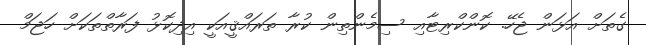
ގެތަށް އަޅަން ޖެހޭ. ކޮންކްރިޓާއި ސިމެންތިން ކުރާ ތަރައްޤީއަކީ އިދިކޮޅު ފަރާތްތަކަށް ހަޖަމް